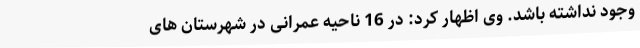
وجود نداشته باشد. وی اظهار کرد: در 16 ناحیه عمرانی در شهرستان های